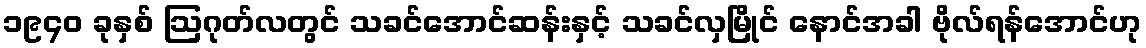
၁၉၄၀ ခုနှစ် ဩဂုတ်လတွင် သခင်အောင်ဆန်းနှင့် သခင်လှမြိုင် နောင်အခါ ဗိုလ်ရန်အောင်ဟု